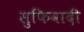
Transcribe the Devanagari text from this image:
सुफिवादी